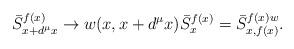
LaTeX: \begin{align*} \bar{S}^{f(x)}_{x+d^{\mu}x}\rightarrow w(x,x+d^{\mu}x)\bar{S}^{f(x)}_{x}=\bar{S}^{f(x)w}_{x,f(x)}. \end{align*}